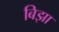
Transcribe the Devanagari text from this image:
बिझा